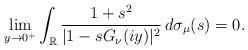
LaTeX: \begin{align*}\lim_{y\rightarrow0^{+}}\int_{\mathbb{R}}\frac{1+s^{2}}{|1-sG_{\nu}(iy)|^{2}}\,d\sigma_{\mu}(s)=0.\end{align*}